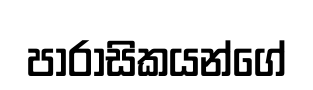
පාරාසිකයන්ගේ